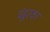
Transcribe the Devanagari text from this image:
पंढुरका